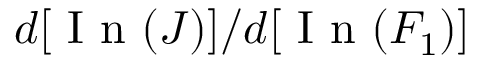
d [ \mathrm { ~ I ~ n ~ } ( J ) ] / d [ \mathrm { ~ I ~ n ~ } ( F _ { 1 } ) ]